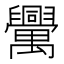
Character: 𦦻